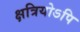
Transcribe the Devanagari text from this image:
क्षत्रियोऽपि